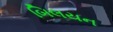
બિલયન